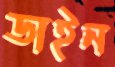
ডাইন